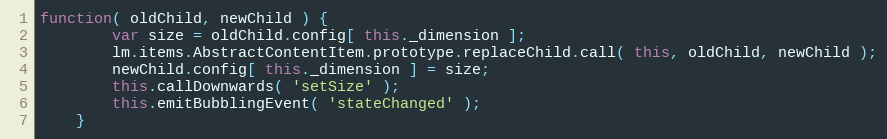
Language: JavaScript
function( oldChild, newChild ) {
		var size = oldChild.config[ this._dimension ];
		lm.items.AbstractContentItem.prototype.replaceChild.call( this, oldChild, newChild );
		newChild.config[ this._dimension ] = size;
		this.callDownwards( 'setSize' );
		this.emitBubblingEvent( 'stateChanged' );
	}